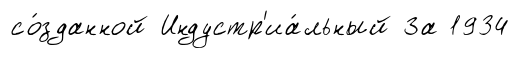
со́зданной Индустр'иа́льный За 1934